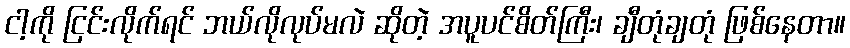
ငါ့ကို ငြင်းလိုက်ရင် ဘယ်လိုလုပ်မလဲ ဆိုတဲ့ အပူပင်စိတ်ကြီး၊ ချီတုံချတုံ ဖြစ်နေတာ။